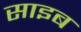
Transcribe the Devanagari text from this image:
साइब